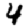
Digit: 4